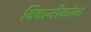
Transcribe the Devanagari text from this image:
विवानौकांना